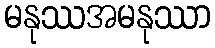
မနုဿအမနုဿာ